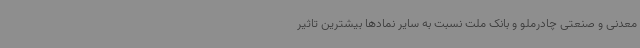
معدنی و صنعتی چادرملو و بانک ملت نسبت به سایر نمادها بیشترین تاثیر